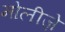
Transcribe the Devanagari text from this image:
मोलीज़े